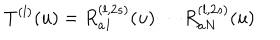
LaTeX: T ^ { ( l ) } ( u ) = R _ { a 1 } ^ { ( l , 2 s ) } ( u ) \cdots R _ { a N } ^ { ( l , 2 s ) } ( u )